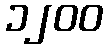
၁၂၀၀